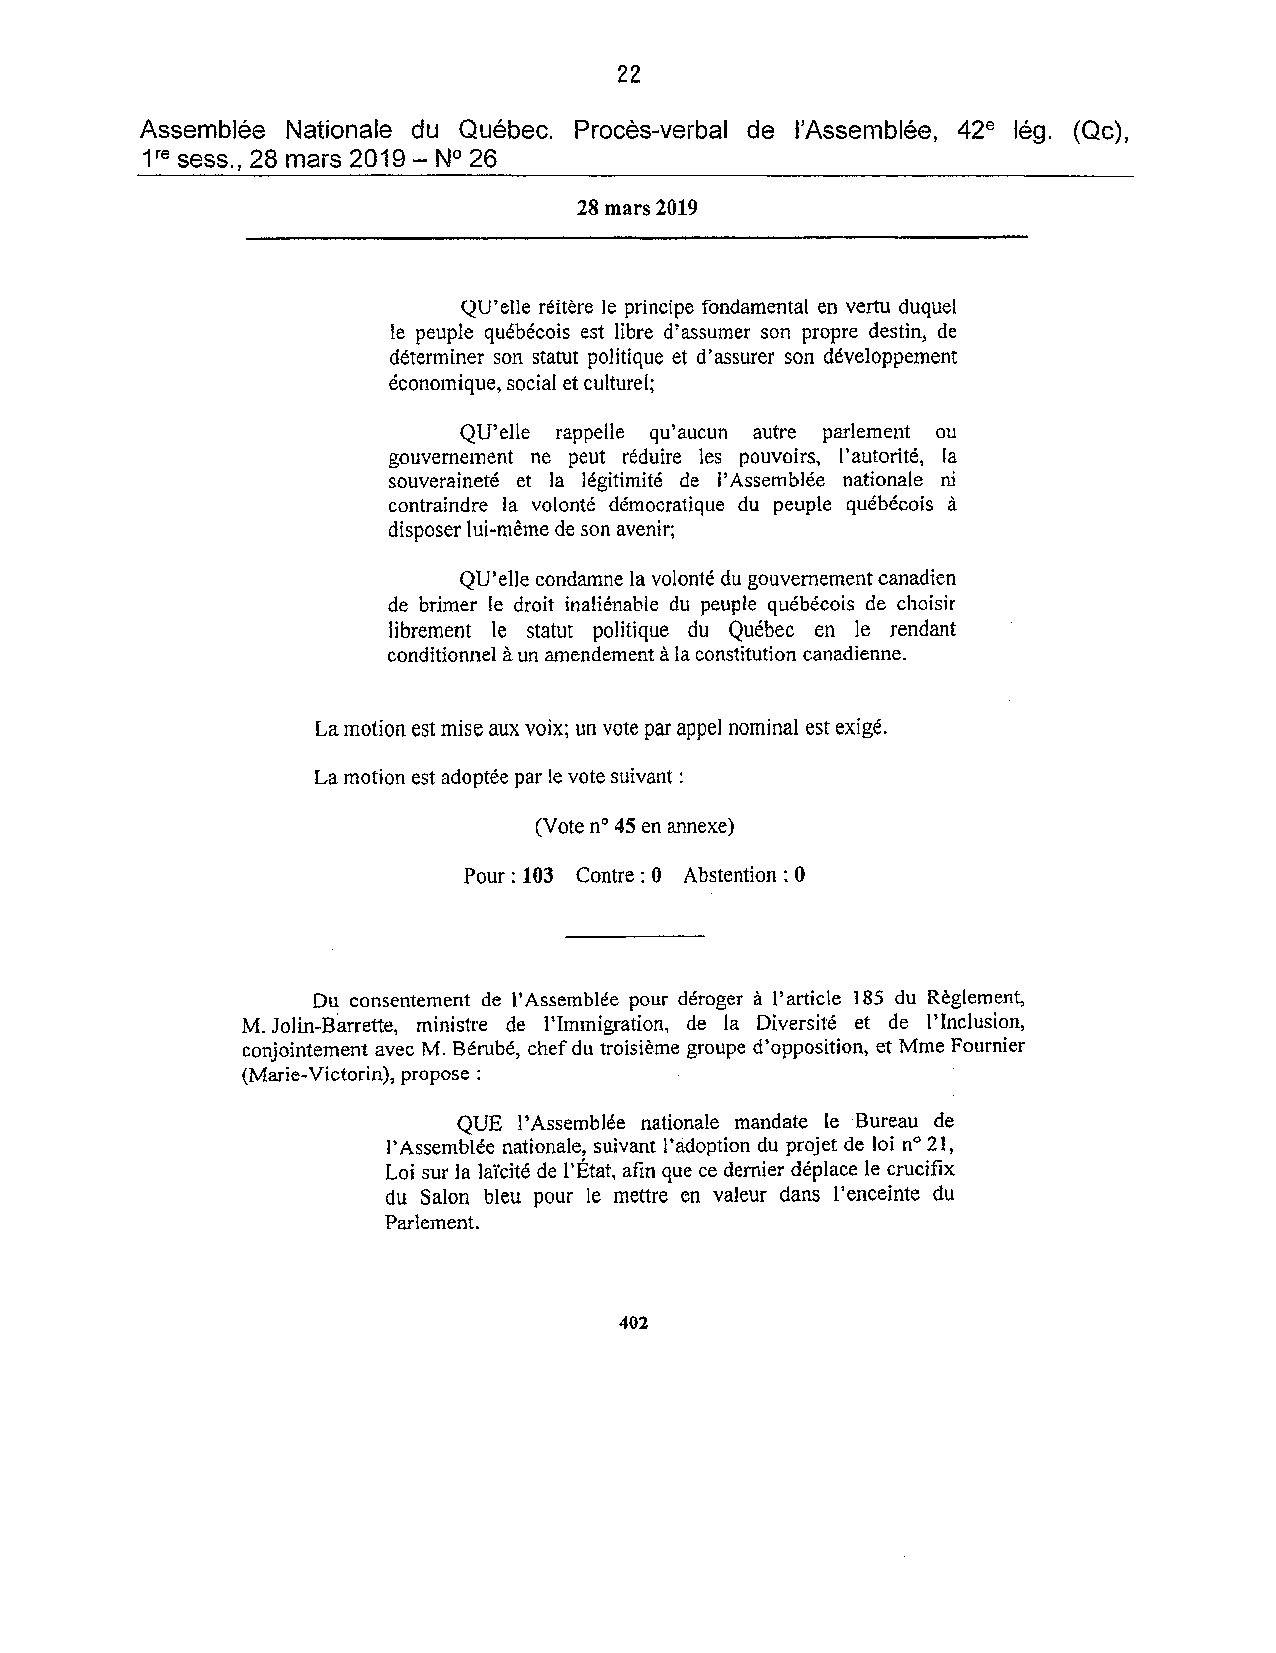
22
 Assemblée Nationale du Québec. Procès-verbal de l'Assemblée, 42e lég. (Qc),
 1re sess., 28 mars 2019 - N° 26
 28 mars 2019
 QU'elle réitère le principe fondamental en vertu duquel
 le peuple québécois est libre d'assumer son propre destin, de
 déterminer son statut politique et d'assurer son développement
 économique, social et culturel;
 QU'elle rappelle qu'aucun autre parlement ou
 gouvernement ne peut réduire les pouvoirs, l'autorité, la
 souveraineté et la légitimité de l'Assemblée nationale ni
 contraindre la volonté démocratique du peuple québécois à
 disposer lui-même de son avenir;
 QU'elle condamne la volonté du gouvernement canadien
 de brimer le droit inaliénable du peuple québécois de choisir
 librement le statut politique du Québec en le rendant
 conditionnel à un amendement à la constitution canadienne.
 La motion est mise aux voix; un vote par appel nominal est exigé.
 La motion est adoptée par le vote suivant:
 (Vote n° 45 en annexe)
 Pour: 103 Contre: 0 Abstention: 0
 Du consentement de l'Assemblée pOUf déroger à l'article 185 du Règlement,
 M. Jolin-Barrette, ministre de l'Immigration, de la Diversité et de l'Inclusion,
 conjointement avec M. Bérubé, chef du troisième groupe d'opposition, et Mme Fournier
 (Marie-Victorin), propose :
 QUE l'Assemblée nationale mandate le Bureau de
 l'Assemblée nationale, suivant l'adoption du projet de loi n° 21,
 Loi sur la laïcité de l'État, afin que ce dernier déplace le crucifix
 du Salon bleu pour le mettre en valeur dans l'enceinte du
 Parlement.
 402